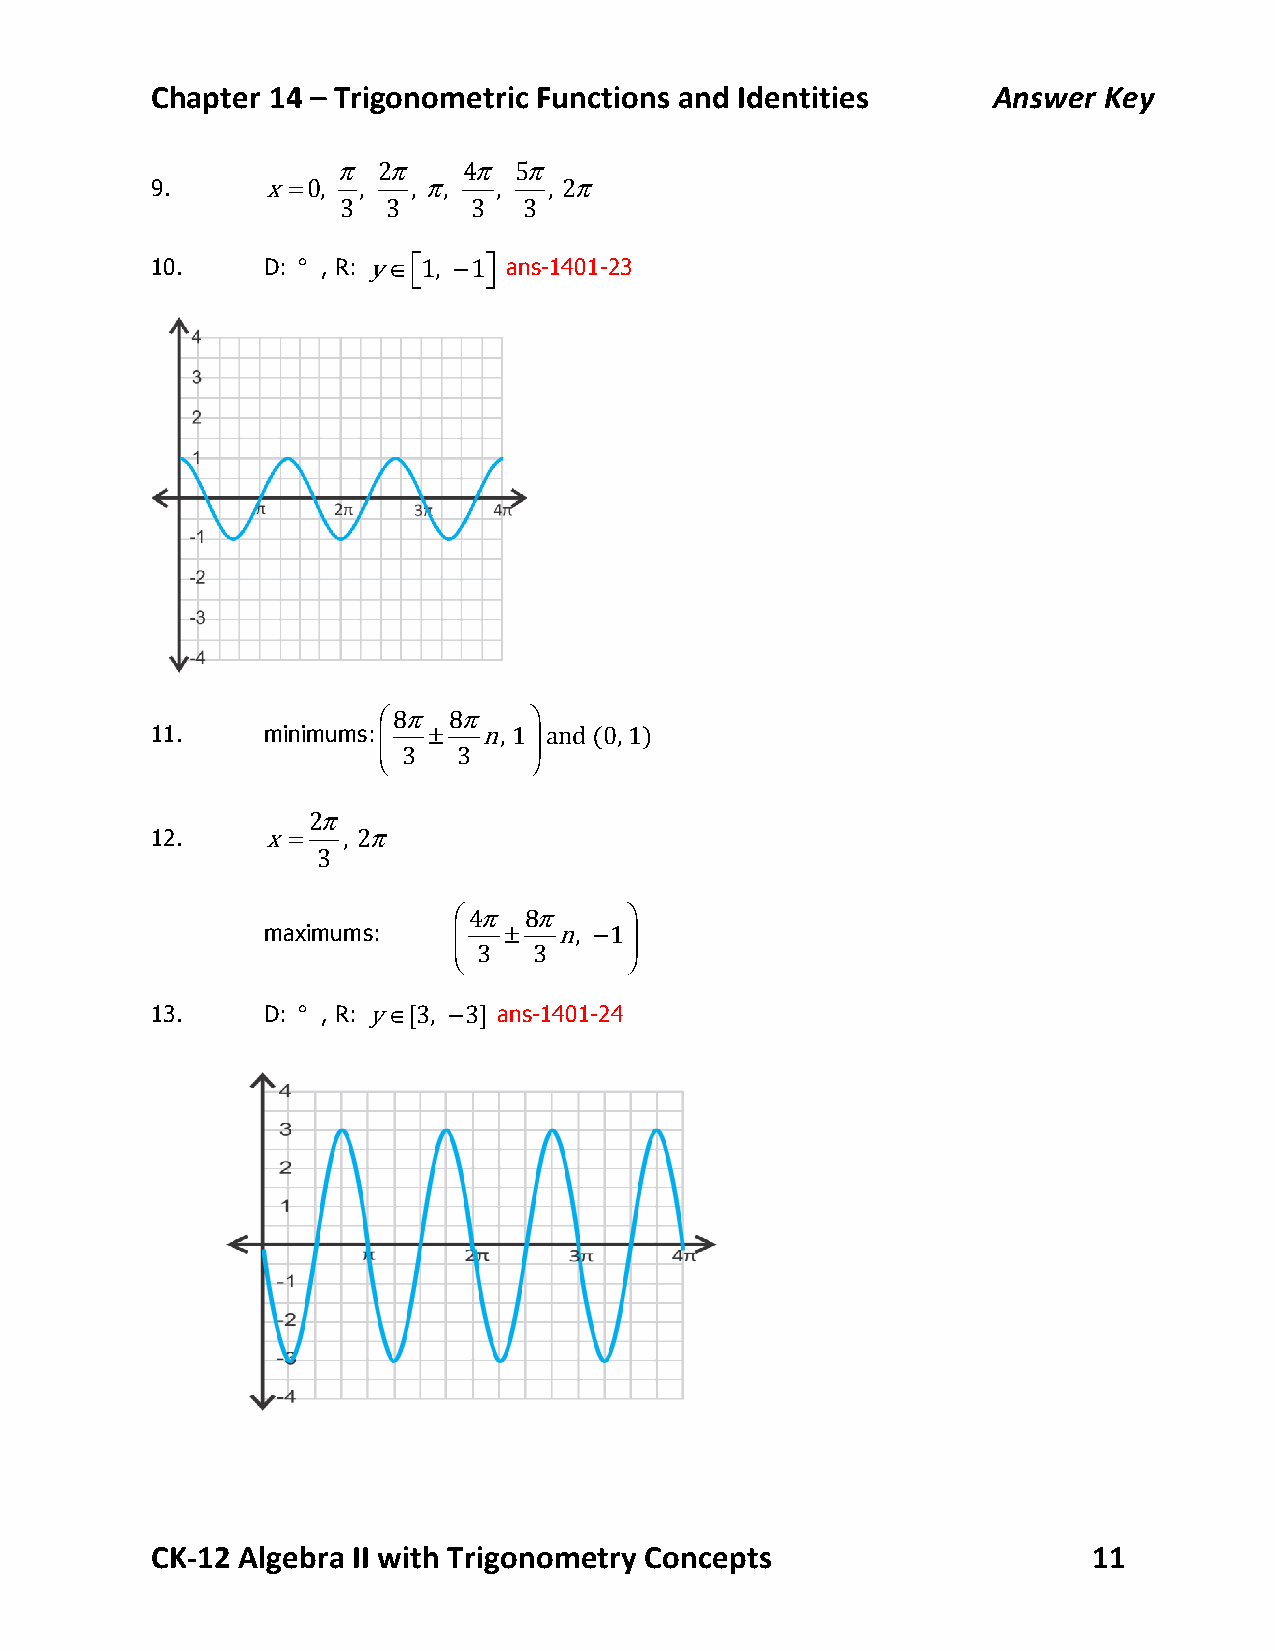
Chapter 14 – Trigonometric Functions and Identities     Answer Key
 π  2π    4π 5π
 9.      x=0,  ,  , π,  ,  , 2π
 3  3    3   3
 10.    D: ° , R: y∈⎡1, −1⎤ ans-1401-23
 ⎣    ⎦
 ⎛8π  8π   ⎞
 11.    minimums: ⎜ ±  n, 1 ⎟ and (0, 1)
 3  3
 ⎝         ⎠
 2π
 12.     x=   , 2π
 3
 ⎛4π  8π    ⎞
 maximums:    ⎜  ±−  n, 1 ⎟
 3  3
 ⎝          ⎠
 13.    D: ° , R: y∈[3, −3] ans-1401-24
 CK-­‐12 Algebra II with Trigonometry Concepts                 11